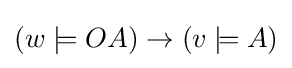
(w\models OA)\to (v\models A)